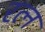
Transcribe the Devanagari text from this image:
रत्‍न